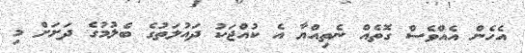
އެހެން އެއްވެސް ގޮތެއް ނެތިއްޔާ އެ ކުއްޖަކު ދައުލަތުގެ ބެލުމުގެ ދަށަށް މި